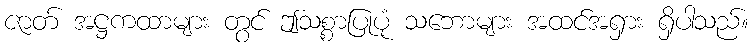
ဇာတ် အဋ္ဌကထာများ တွင် ဤသစ္စာပြုပုံ သဘောများ အထင်အရှား ရှိပါသည်။